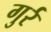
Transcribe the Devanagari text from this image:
गुर्र